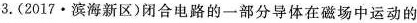
3.(2017·滨海新区)闭合电路的一部分导体在磁场中运动的